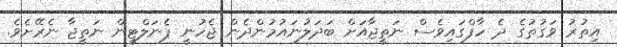
އިތުރު ވަގުތުގެ ދެ ހާފްގައިވެސް ނަތީޖާއަށް ބަދަލުނައުމުންދެން ޖެހުނީ ޕެނަލްޓީން ނަތީޖާ ނެރޭށެވެ.